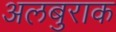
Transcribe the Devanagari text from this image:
अलबुराक